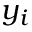
y _ { i }